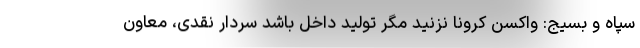
سپاه و بسیج: واکسن کرونا نزنید مگر تولید داخل باشد سردار نقدی، معاون